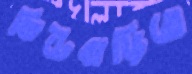
ভিটেবাড়িতে